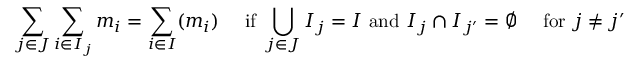
\sum _ { j \in J } { \sum _ { i \in I _ { j } } { m _ { i } } } = \sum _ { i \in I } ( m _ { i } ) \quad { \mathrm { ~ i f ~ } } \bigcup _ { j \in J } I _ { j } = I { \mathrm { ~ a n d ~ } } I _ { j } \cap I _ { j ^ { \prime } } = \emptyset \quad { \mathrm { ~ f o r ~ } } j \neq j ^ { \prime }